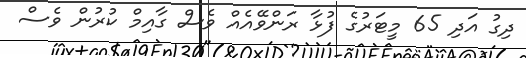
ދިގު އަދި 65 މީޓަރުގެ ފުޅާ ރަންވޭއެއް ވެސް ގާއިމް ކުރުން ވެސް